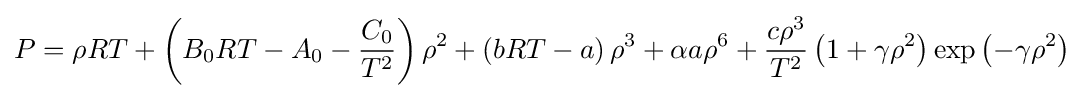
P=\rho RT+\left(B_{0}RT-A_{0}-{\frac {C_{0}}{T^{2}}}\right)\rho ^{2}+\left(bRT-a\right)\rho ^{3}+\alpha a\rho ^{6}+{\frac {c\rho ^{3}}{T^{2}}}\left(1+\gamma \rho ^{2}\right)\exp \left(-\gamma \rho ^{2}\right)